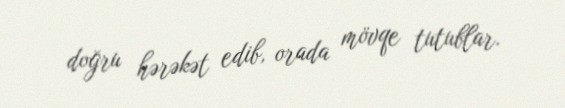
doğru hərəkət edib, orada mövqe tutublar.